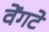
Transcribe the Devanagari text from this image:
वेंगटे